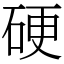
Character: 硬